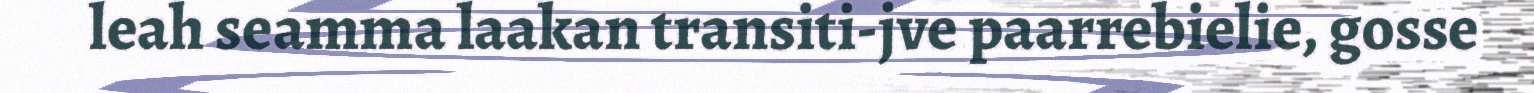
leah seamma laakan transiti-jve paarrebielie, gosse